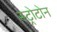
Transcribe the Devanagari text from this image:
स्ट्रोटोन